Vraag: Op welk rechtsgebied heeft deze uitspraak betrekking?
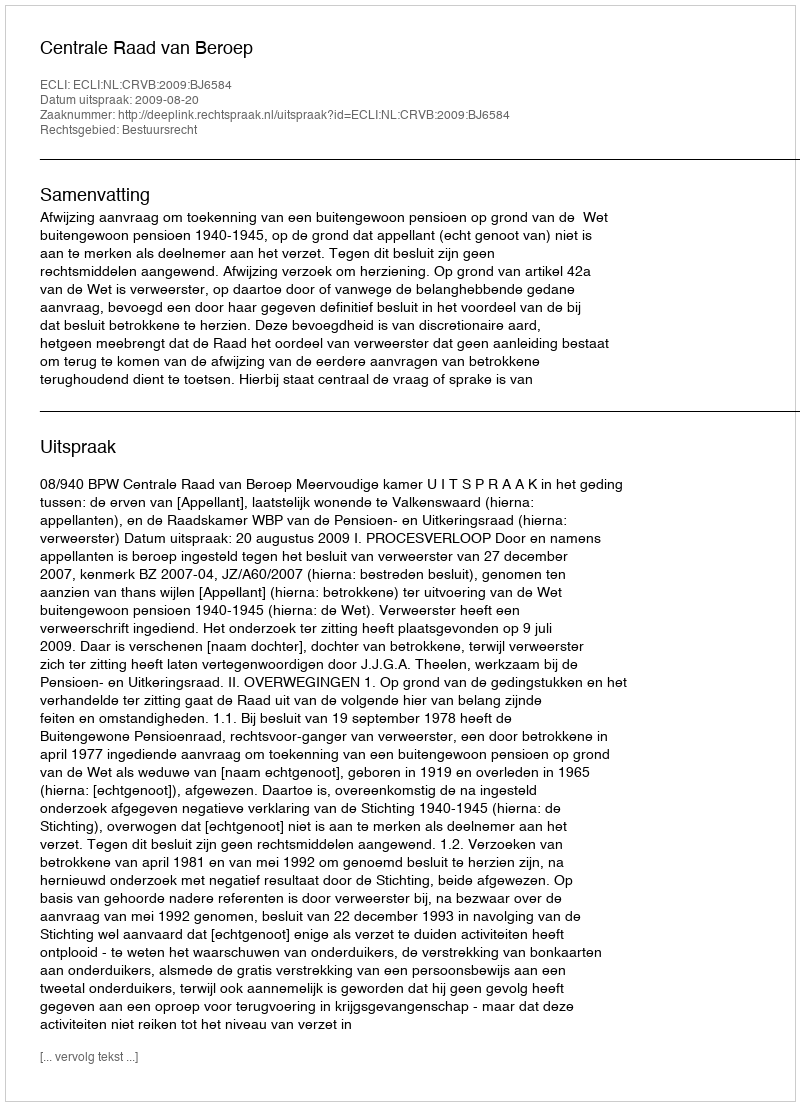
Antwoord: Bestuursrecht